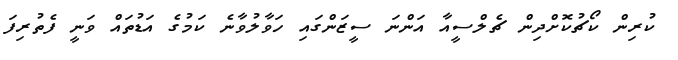
ކުރިން ކޯޗުކޮށްދިން ޗެލްސީއާ އަންނަ ސީޒަންގައި ހަވާލުވާނެ ކަމުގެ އަޑުތައް ވަނީ ފެތުރިފަ